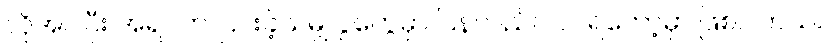
လိုအပ်ပြီး အရင်က ငြင်းခဲ့သမျှ ပွဲတွေမှာ ပြန်လည်ပါဝင်ရတော့မှာ ဖြစ်ပါတယ်။